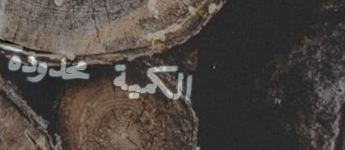
الكمية محدودة